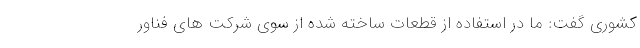
کشوری گفت: ما در استفاده از قطعات ساخته شده از سوی شرکت های فناور